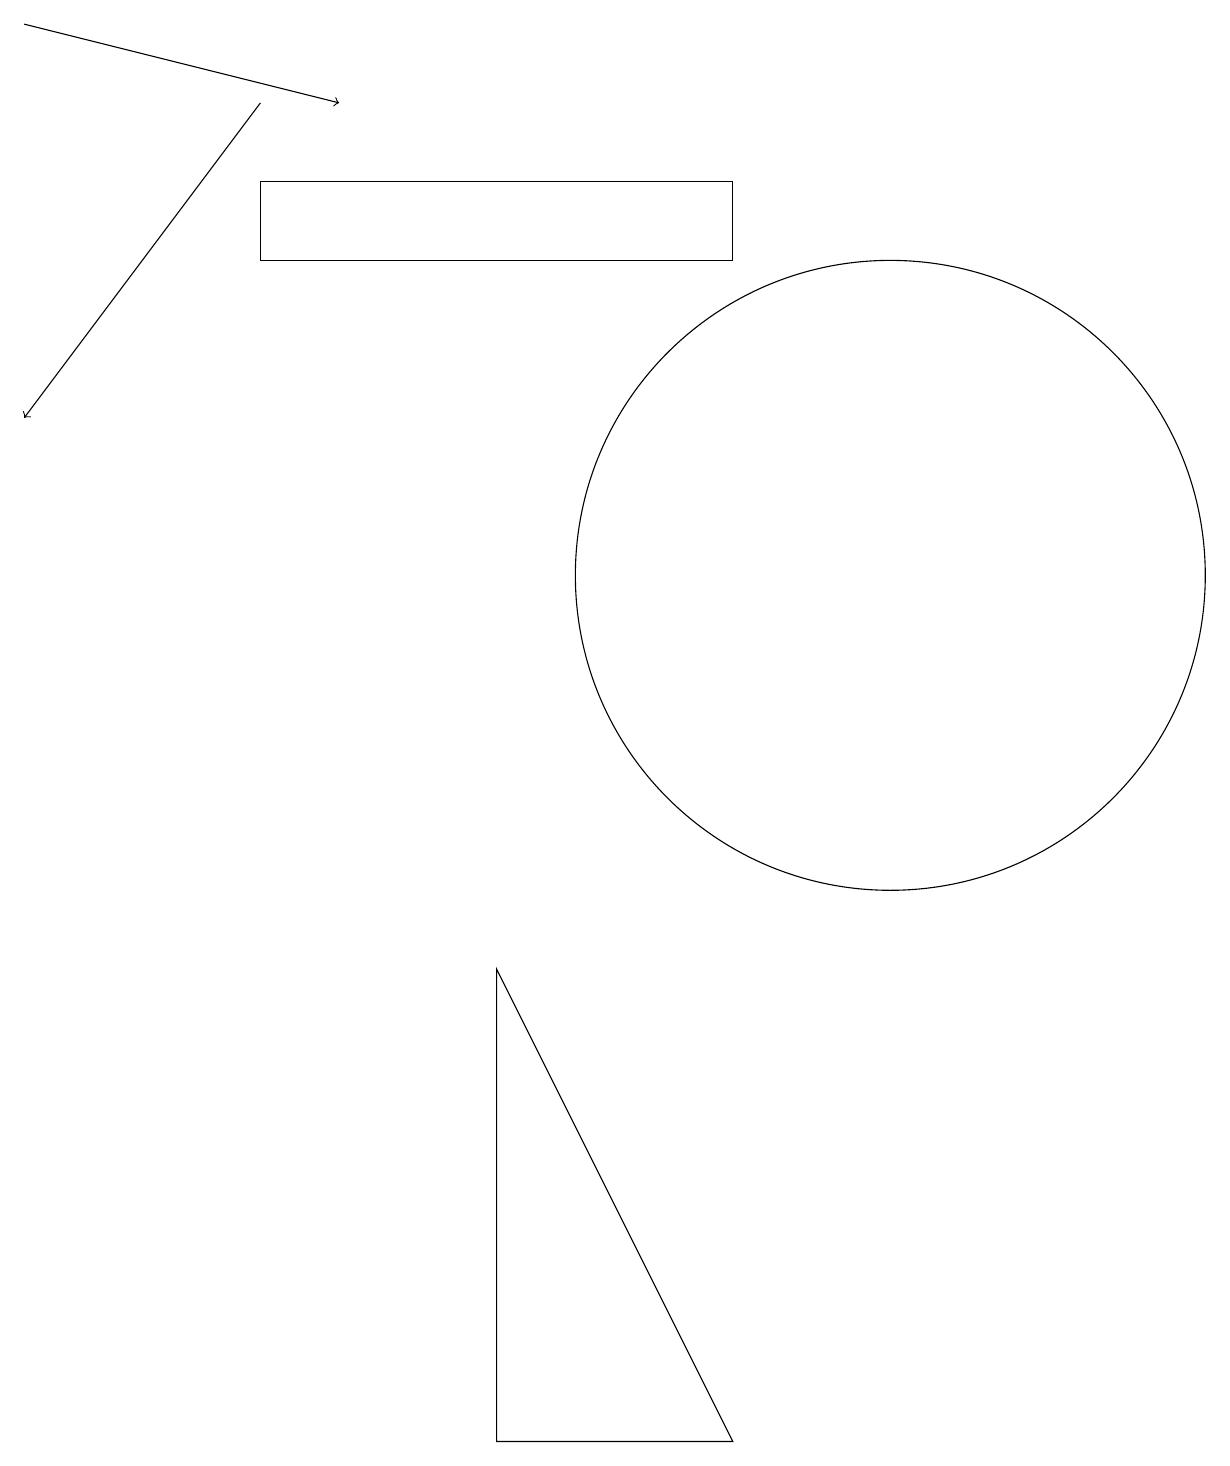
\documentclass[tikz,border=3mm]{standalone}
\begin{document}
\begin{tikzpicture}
\draw[->] (0,18) -- (4,17);
\draw (11,11) circle (4);
\draw (6,0) -- (9,0) -- (6,6) -- cycle;
\draw (3,16) rectangle (9,15);
\draw[->] (3,17) -- (0,13);
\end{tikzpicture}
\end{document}